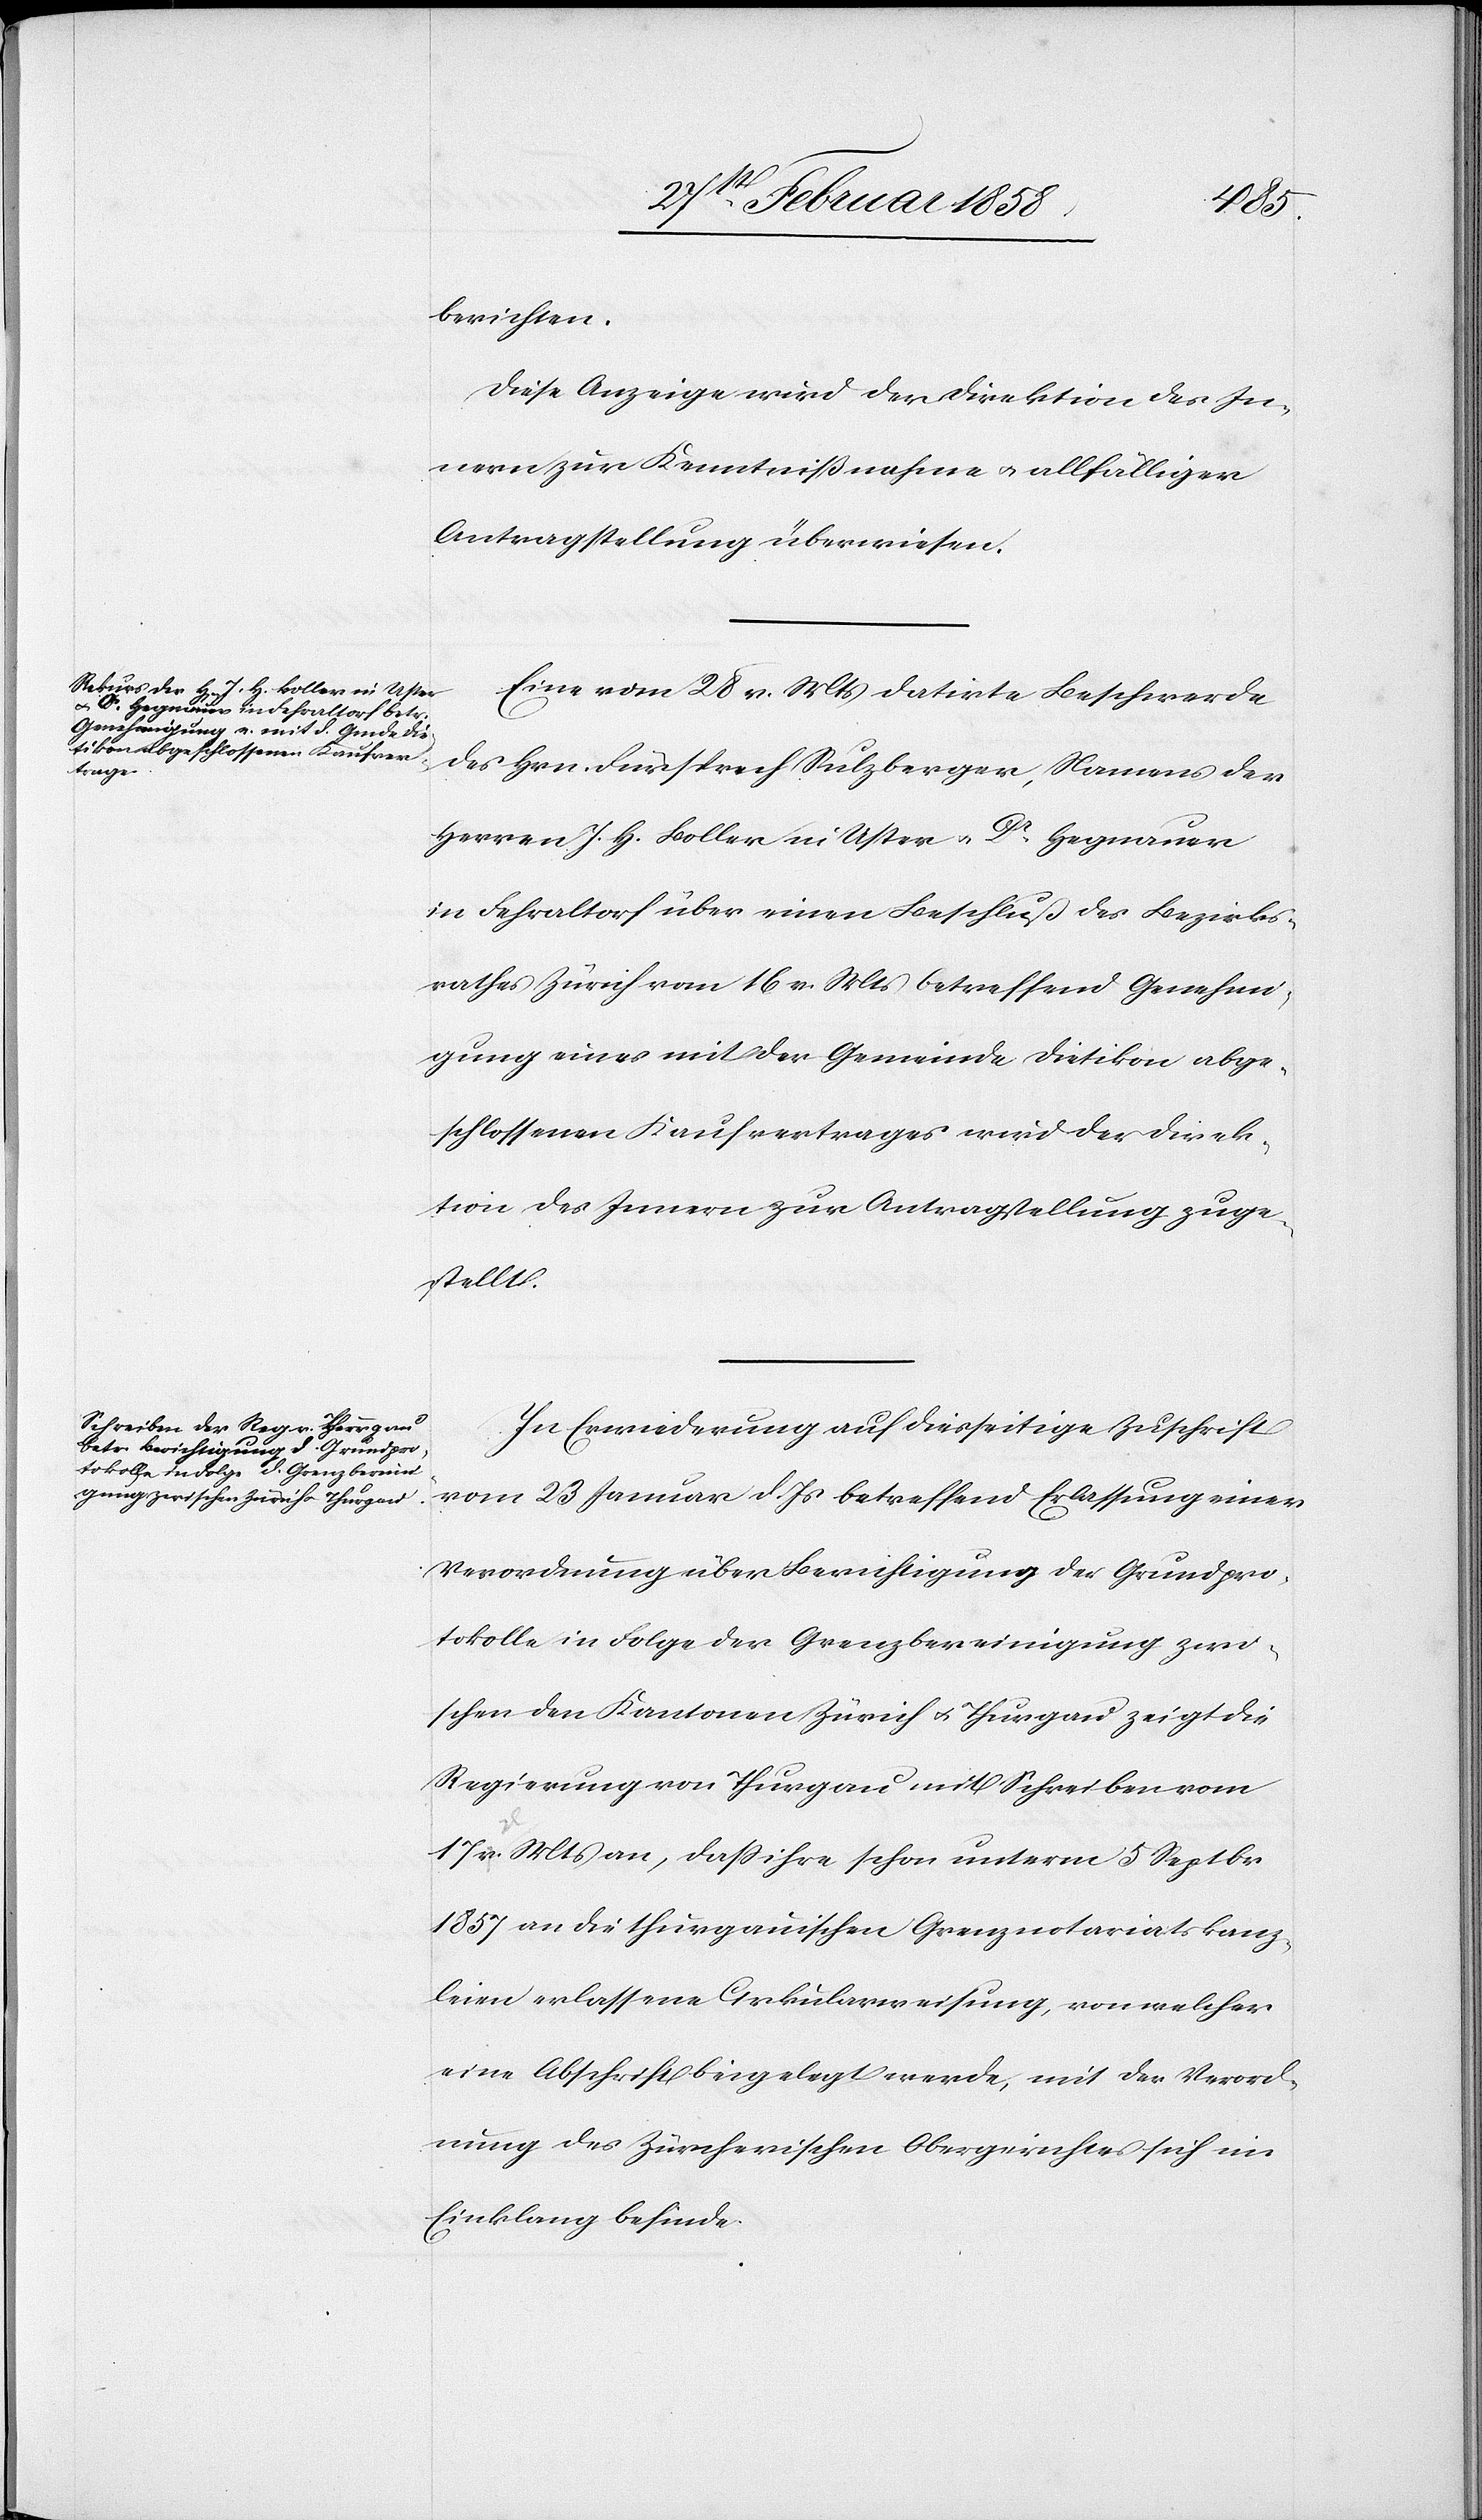
1858.]
berichten.
Diese Anzeige wird der Direktion des In¬
nern zur Kenntnißnahme u. allfälliger
Antragstellung überwiesen.
Eine vom 28 v. Mts datirte Beschwerde
des Hrn. Fürsprech Sulzberger, Namens der
Herren J. H. Boller in Uster u. Dr Hegnauer
in Fehraltorf über einen Beschluß des Bezirks¬
rathes Zürich vom 16 v. Mts betreffend Genehmi¬
gung eines mit der Gemeinde Dietikon abge¬
schlossenen Kaufvertrages wird der Direk¬
In Erwiederung auf diesseitige Zuschrift
vom 23 Januar d. Js. betreffend Erlassung einer
Verordnung über Berichtigung der Grundpro¬
tokolle in Folge der Grenzbereinigung zwi¬
schen den Kantonen Zürich u. Thurgau zeigt die
Regierung von Thurgau mit Schreiben vom
17 v. Mts an, daß ihre schon unterm 5 Septbr.
1857 an die thurgauischen Grenznotariatskanz¬
leien erlassene Cirkularweisung, von welcher
eine Abschrift beigelegt werde, mit der Verord¬
nung des Zürcherischen Obergerichtes sich im
Einklang befinde.